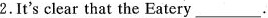
2.It's clear that the Eatery_.